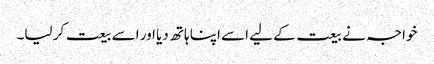
خواجہ نے بیعت کے لیے اسے اپنا ہاتھ دیا اور اسے بیعت کر لیا۔